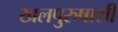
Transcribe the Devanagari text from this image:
खलपुरुषाशी